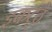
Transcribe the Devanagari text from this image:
इकट्‍ठे